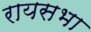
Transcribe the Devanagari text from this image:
रायसभा